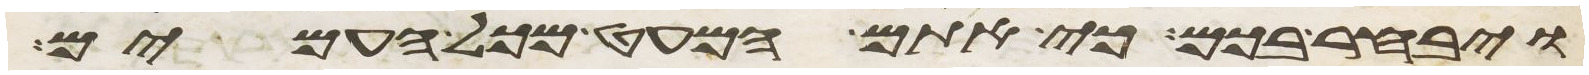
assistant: ויבחר בכם כי אתם המעט מכל העמים